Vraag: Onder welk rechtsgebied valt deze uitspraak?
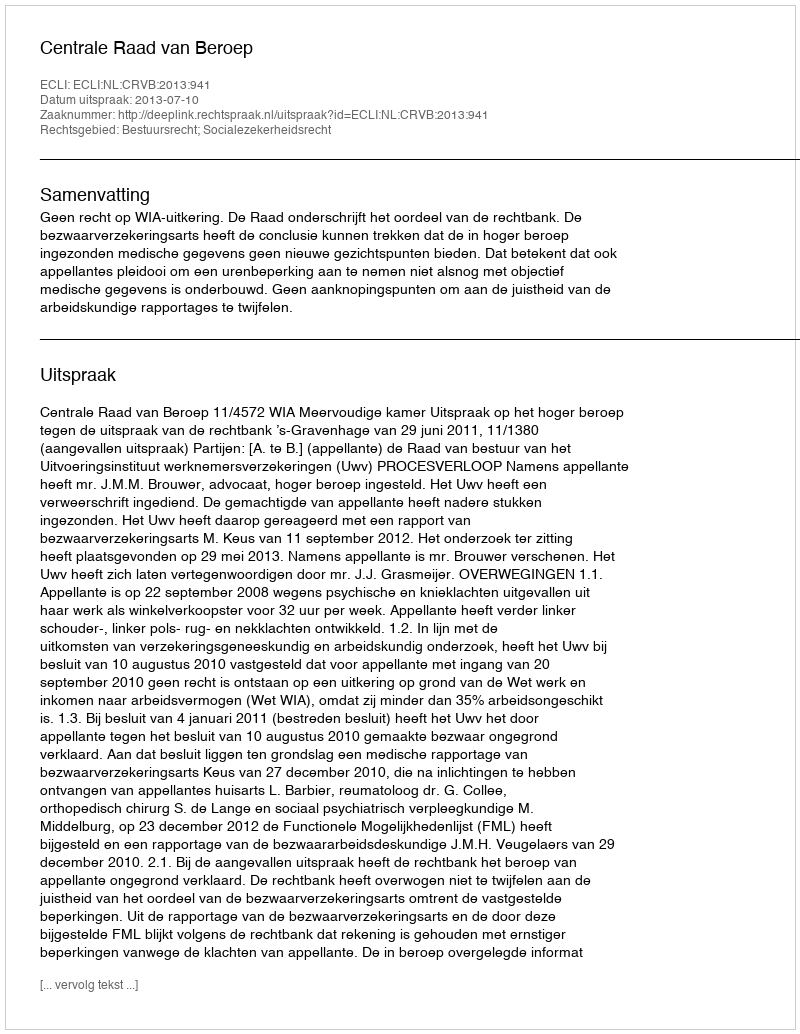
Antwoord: Bestuursrecht; Socialezekerheidsrecht